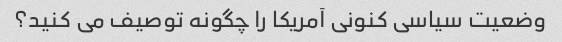
وضعیت سیاسی کنونی آمریکا را چگونه توصیف می کنید؟